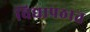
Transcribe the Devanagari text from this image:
विद्यापठात